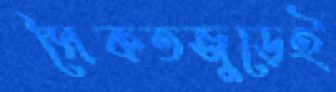
সৈকতজুড়েই